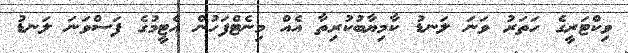
ވިކްޓަރީގެ ހަތަރު ވަނަ ލަނޑު ކާމިޔާބުކުރިތާ އެއް މިނެޓްފަހުން އެޓީމުގެ ފަސްވަނަ ލަނޑު